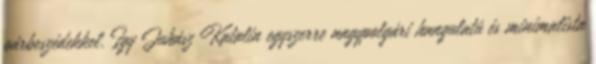
párbeszédekkel. Így Juhász Katalin egyszerre nagypolgári hangulatú és minimalista